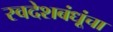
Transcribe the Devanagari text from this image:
स्वदेशबंधूंचा